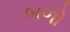
બળો